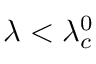
\lambda < \lambda _ { c } ^ { 0 }